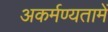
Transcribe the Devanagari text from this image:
अकर्मण्यतामें